Report of the veterinary officer investigating camel disease
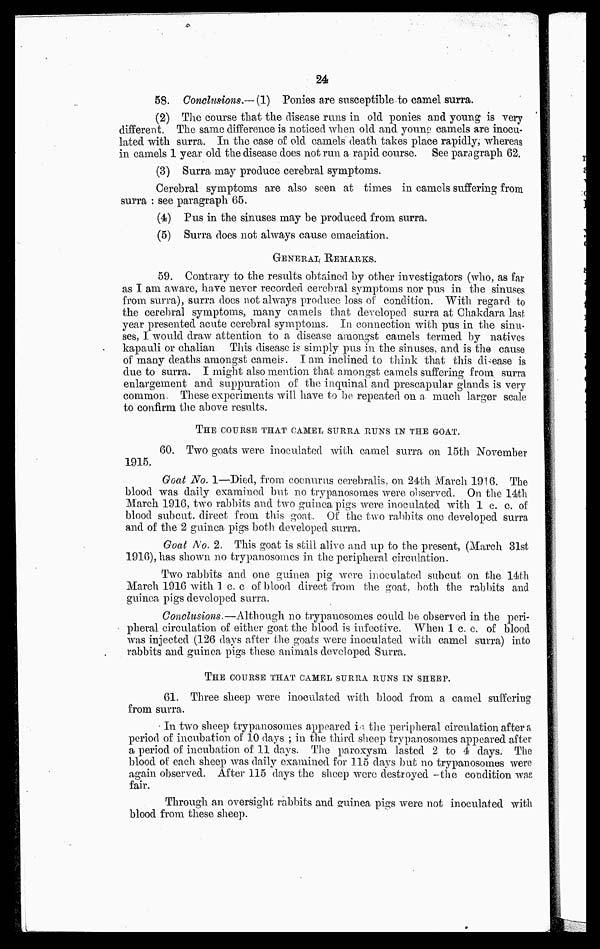
24
58. Conclusions.— (1) Ponies are susceptible to camel surra.
(2) The course that the disease runs in old ponies and young is very
different. The same difference is noticed when old and young camels are inocu-
lated with surra. In the case of old camels death takes place rapidly, whereas
in camels 1 year old the disease does not run a rapid course. See paragraph 62.
(3) Surra may produce cerebral symptoms.
Cerebral symptoms are also seen at times in camels suffering from
surra : see paragraph 65.
(4) Pus in the sinuses may be produced from surra.
(5) Surra does not always cause emaciation.
GENERAL REMARKS.
59. Contrary to the results obtained by other investigators (who, as far
as I am aware, have never recorded cerebral symptoms nor pus in the sinuses
from surra), surra, does not always produce loss of condition. With regard to
the cerebral symptoms, many camels that developed surra at Chakdara last
year presented acute cerebral symptoms. In connection with pus in the sinu-
ses, I would draw attention to a disease amongst camels termed by natives
kapauli or chalian This disease is simply pus in the sinuses, and is the cause
of many deaths amongst camels. I am inclined to think that this disease is
clue to surra. I might also mention that amongst camels suffering from surra
enlargement and suppuration of the inquinal and prescapular glands is very
common. These experiments will have to bo repeated on a much larger scale
to confirm the above results.
THE COURSE THAT CAMEL SURRA RUNS IN THE GOAT.
60. Two goats were inoculated with camel surra on 15th November
1915.
Goat No. 1—Died, from coenurus cerebralis, on 24th March 1916. The
blood was daily examined but no trypanosomes were observed. On the 14th
March 1916, two rabbits and two guinea pigs were inoculated with 1 c. c. of
blood subcut. direct from this goat, Of the two rabbits one developed surra
and of the 2 guinea pigs both developed surra.
Goat No. 2. This goat is still alive and up to the present, (March 31st
1916), has shown no trypanosomes in the peripheral circulation.
Two rabbits and one guinea pig were inoculated subcut on the 14th
March 1916 with 1 c. c of blood direct from the goat, both the rabbits and
guinea pigs developed surra.
Conclusions.—Although no trypanosomes could be observed in the peri-
pheral circulation of either goat the blood is infective. When 1 c. c. of blood
was injected (126 days after the goats were inoculated with camel surra) into
rabbits and guinea pigs these animals developed Surra.
THE COURSE THAT CAMEL SURRA RUNS IN SHEEP.
61. Three sheep were inoculated with blood from a camel suffering
from surra.
In two sheep trypanosomes appeared in the peripheral circulation after a
period of incubation of 10 days ; in the third sheep trypanosomes appeared after
a period of incubation of 11 days. The paroxysm lasted 2 to 4 days. The
blood of each sheep was daily examined for 115 days but no trypanosomes were
again observed. After 115 days the sheep were destroyed -the condition was
fair.
Through an oversight rabbits and guinea pigs were not inoculated with
blood from these sheep.